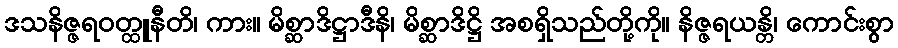
ဒသနိဇ္ဇရဝတ္ထူနီတိ၊ ကား။ မိစ္ဆာဒိဋ္ဌာဒီနိ၊ မိစ္ဆာဒိဋ္ဌိ အစရှိသည်တို့ကို။ နိဇ္ဇရယန္တိ၊ ကောင်းစွာ